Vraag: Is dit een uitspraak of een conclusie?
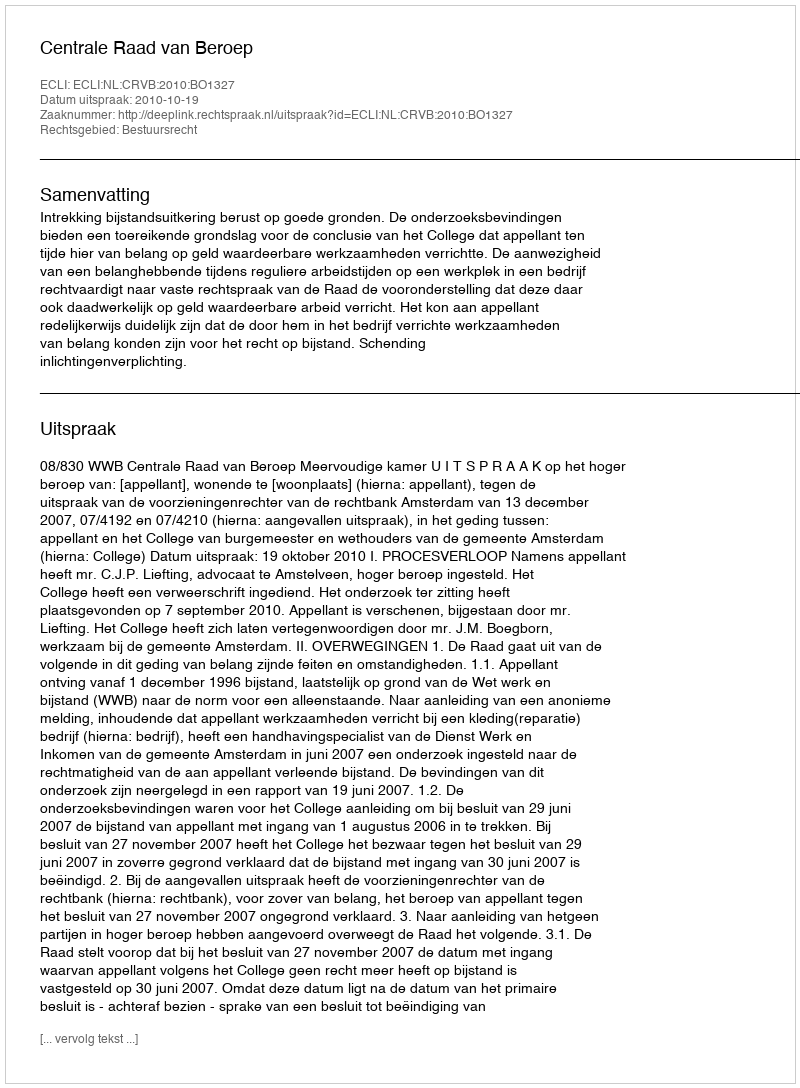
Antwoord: Uitspraak